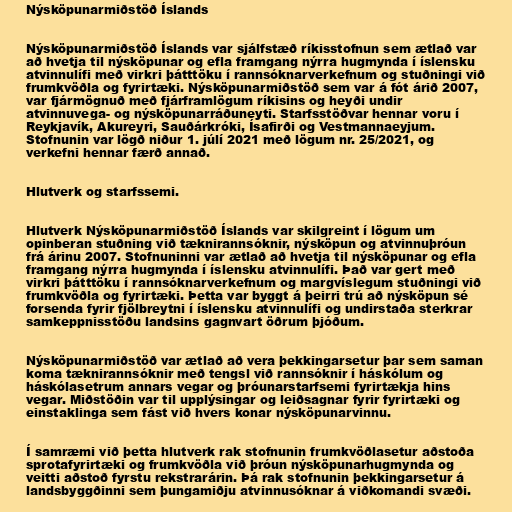
Nýsköpunarmiðstöð Íslands

Nýsköpunarmiðstöð Íslands var sjálfstæð ríkisstofnun sem ætlað var
að hvetja til nýsköpunar og efla framgang nýrra hugmynda í íslensku
atvinnulífi með virkri þátttöku í rannsóknarverkefnum og stuðningi við
frumkvöðla og fyrirtæki. Nýsköpunarmiðstöð sem var á fót árið 2007,
var fjármögnuð með fjárframlögum ríkisins og heyði undir
atvinnuvega- og nýsköpunarráðuneyti. Starfsstöðvar hennar voru í
Reykjavík, Akureyri, Sauðárkróki, Ísafirði og Vestmannaeyjum.
Stofnunin var lögð niður 1. júlí 2021 með lögum nr. 25/2021, og
verkefni hennar færð annað.

Hlutverk og starfssemi.

Hlutverk Nýsköpunarmiðstöð Íslands var skilgreint í lögum um
opinberan stuðning við tæknirannsóknir, nýsköpun og atvinnuþróun
frá árinu 2007. Stofnuninni var ætlað að hvetja til nýsköpunar og efla
framgang nýrra hugmynda í íslensku atvinnulífi. Það var gert með
virkri þátttöku í rannsóknarverkefnum og margvíslegum stuðningi við
frumkvöðla og fyrirtæki. Þetta var byggt á þeirri trú að nýsköpun sé
forsenda fyrir fjölbreytni í íslensku atvinnulífi og undirstaða sterkrar
samkeppnisstöðu landsins gagnvart öðrum þjóðum.

Nýsköpunarmiðstöð var ætlað að vera þekkingarsetur þar sem saman
koma tæknirannsóknir með tengsl við rannsóknir í háskólum og
háskólasetrum annars vegar og þróunarstarfsemi fyrirtækja hins
vegar. Miðstöðin var til upplýsingar og leiðsagnar fyrir fyrirtæki og
einstaklinga sem fást við hvers konar nýsköpunarvinnu.

Í samræmi við þetta hlutverk rak stofnunin frumkvöðlasetur aðstoða
sprotafyrirtæki og frumkvöðla við þróun nýsköpunarhugmynda og
veitti aðstoð fyrstu rekstrarárin. Þá rak stofnunin þekkingarsetur á
landsbyggðinni sem þungamiðju atvinnusóknar á viðkomandi svæði.